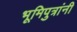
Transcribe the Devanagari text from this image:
भूमिपुत्रांनी